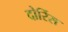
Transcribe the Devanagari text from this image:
दोर्रिस